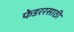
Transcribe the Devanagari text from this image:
फेडररसाठी